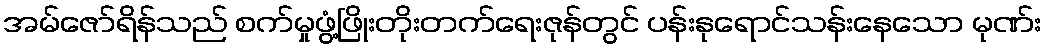
အမ်ဇော်ရိန်သည် စက်မှုဖွံ့ဖြိုးတိုးတက်ရေးဇုန်တွင် ပန်းနုရောင်သန်းနေသော မုဏ်း